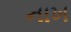
નાખ